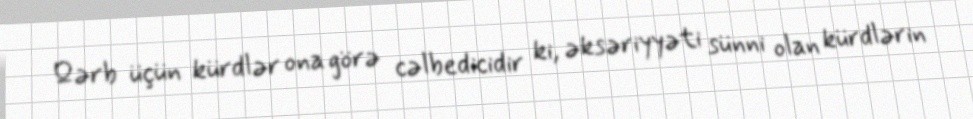
Qərb üçün kürdlər ona görə cəlbedicidir ki, əksəriyyəti sünni olan kürdlərin